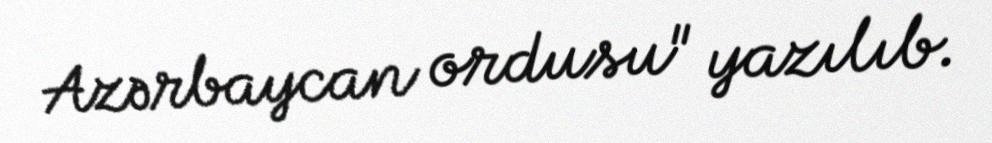
Azərbaycan ordusu" yazılıb.